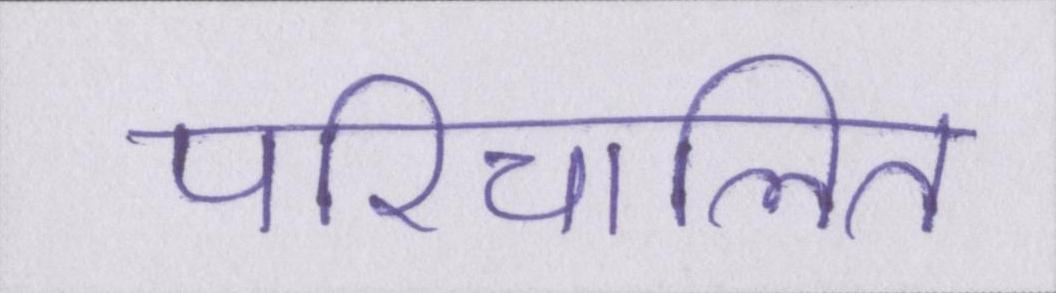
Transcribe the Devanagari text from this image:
परिचालित